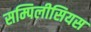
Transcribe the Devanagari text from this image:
सम्पिलीसियस